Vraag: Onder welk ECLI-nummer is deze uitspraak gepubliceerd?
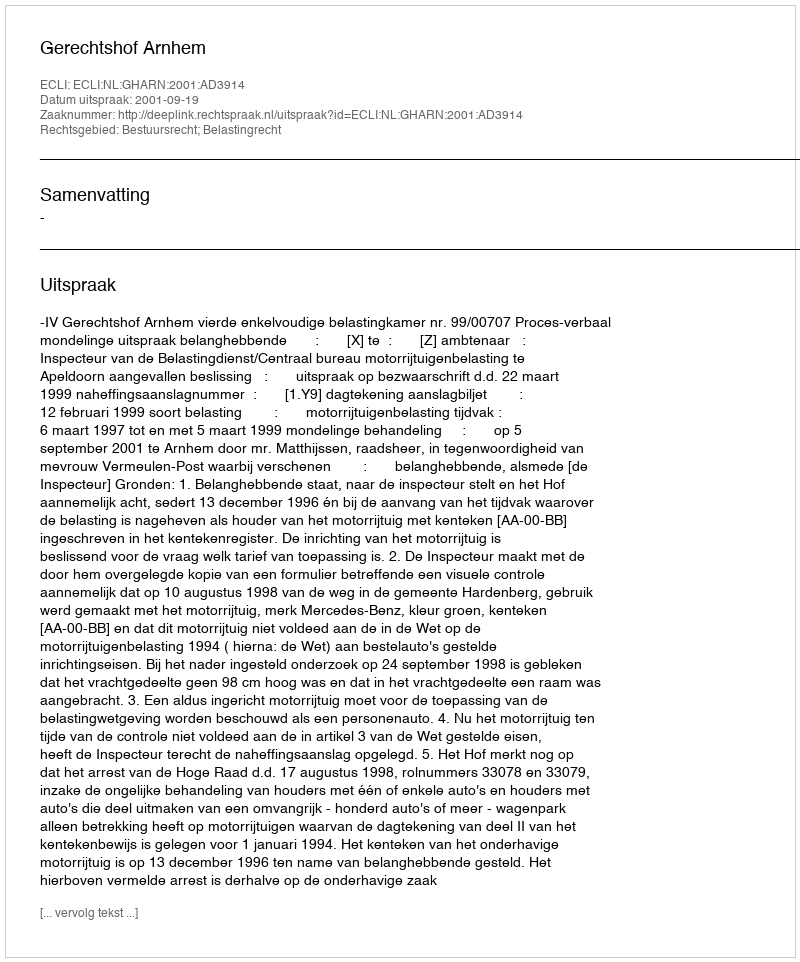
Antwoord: ECLI:NL:GHARN:2001:AD3914